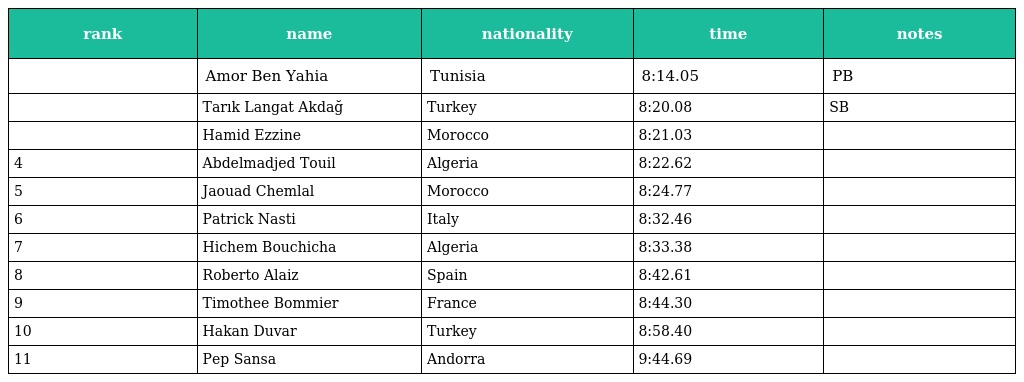
| rank | name | nationality | time | notes |
 | --- | --- | --- | --- | --- |
 |  | Amor Ben Yahia | Tunisia | 8:14.05 | PB |
 |  | Tarık Langat Akdağ | Turkey | 8:20.08 | SB |
 |  | Hamid Ezzine | Morocco | 8:21.03 |  |
 | 4 | Abdelmadjed Touil | Algeria | 8:22.62 |  |
 | 5 | Jaouad Chemlal | Morocco | 8:24.77 |  |
 | 6 | Patrick Nasti | Italy | 8:32.46 |  |
 | 7 | Hichem Bouchicha | Algeria | 8:33.38 |  |
 | 8 | Roberto Alaiz | Spain | 8:42.61 |  |
 | 9 | Timothee Bommier | France | 8:44.30 |  |
 | 10 | Hakan Duvar | Turkey | 8:58.40 |  |
 | 11 | Pep Sansa | Andorra | 9:44.69 |  |